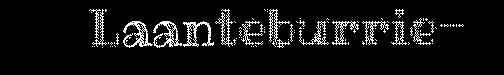
Laanteburrie-